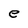
Character: e